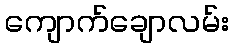
ကျောက်ချောလမ်း